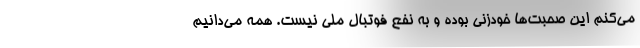
می‌کنم این صحبت‌ها خودزنی بوده و به نفع فوتبال ملی نیست. همه می‌دانیم